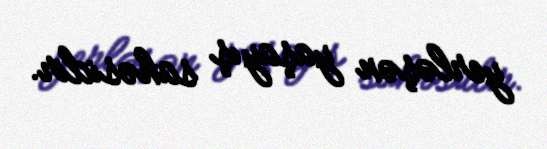
yerləşən yaşayış sahəsidir.